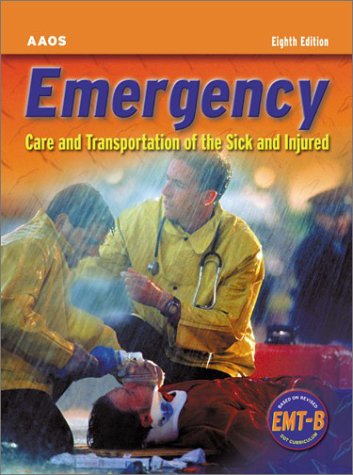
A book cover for Emergency Care And Transportation Of The Sick And Injured; American Academy of Orthopaedic Surgeons (AAOS); Medical Books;